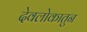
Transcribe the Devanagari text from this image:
देवलोकातुन